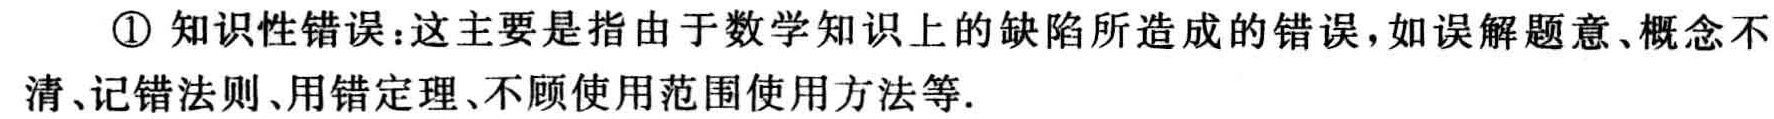
\textcircled{1} 知识性错误：这主要是指由于数学知识上的缺陷所造成的错误，如误解题意、概念不清、记错法则、用错定理、不顾使用范围使用方法等.